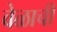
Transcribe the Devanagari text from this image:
वेळाची